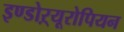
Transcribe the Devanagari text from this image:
इण्डोऱ्यूरोपियन